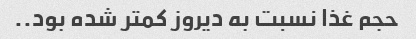
حجم غذا نسبت به دیروز کمتر شده بود..